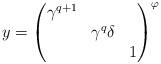
LaTeX: \begin{align*}y=\begin{pmatrix}\gamma^{q+1}&&\\&\gamma^q\delta&\\&&1\end{pmatrix}^\varphi\end{align*}